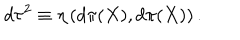
d \tau ^ { 2 } \equiv \eta \left( d \pi ( X ) , d \pi ( X ) \right) .